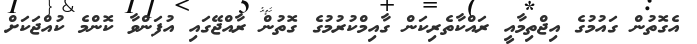
އެގޮތުން ގައުމުގެ އިޖްތިމާއީ ރައްކާތެރިކަން ގާއިމްކުރުމުގެ ގޮތުން ރާއްޖޭގައި އުފަންވާ ކޮންމެ ކުއްޖަކަށް